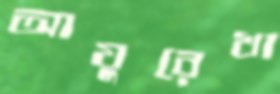
আয়ুরেখা